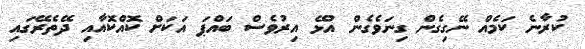
ކުރާނެ ކަމެއް ނޭގިގެން ގިނަވެގެން އުޅޭ އިރުވެސް ބައްޕަ އަކަށް ކޮއްކޮއާއި ދޭތެރޭގައި